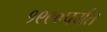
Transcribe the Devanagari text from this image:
१९९०पर्यंत